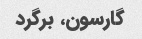
گارسون، برگرد